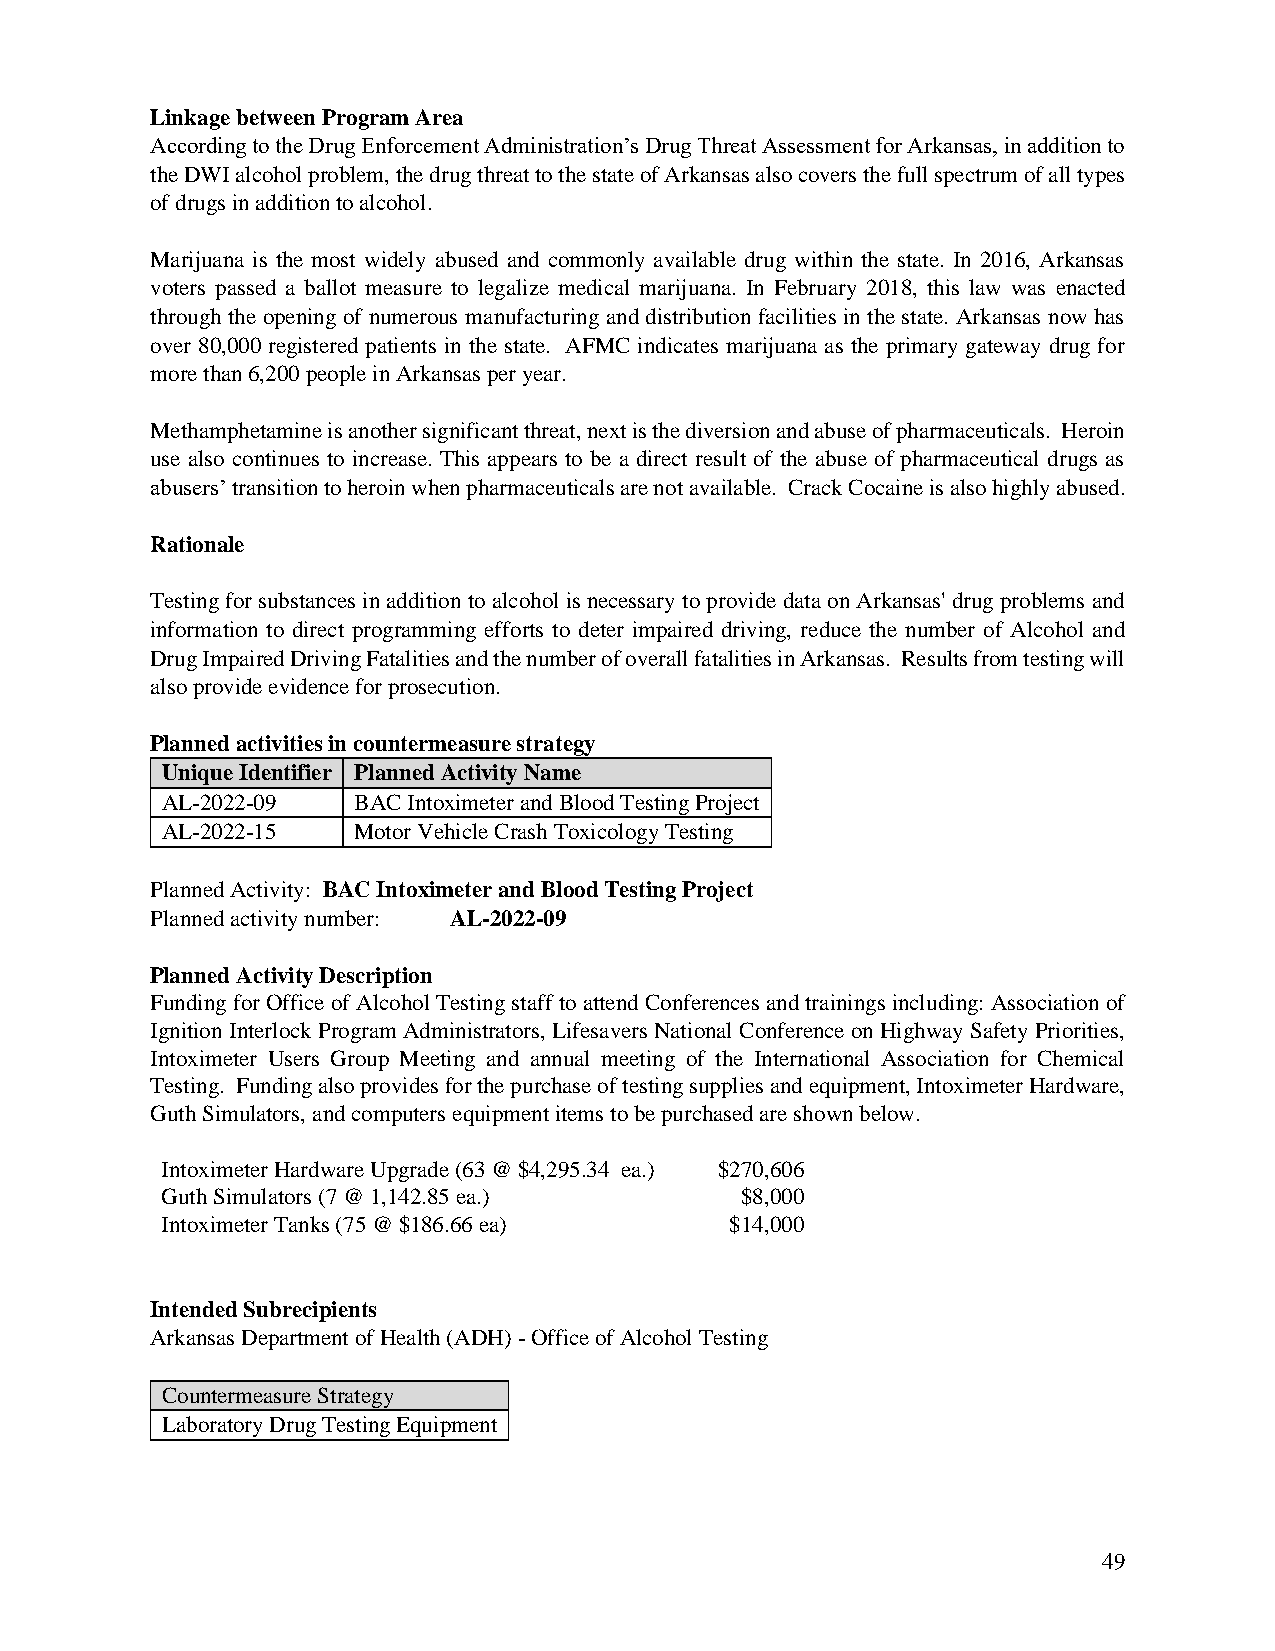
Linkage between Program Area
 According to the Drug Enforcement Administration’s Drug Threat Assessment for Arkansas, in addition to
 the DWI alcohol problem, the drug threat to the state of Arkansas also covers the full spectrum of all types
 of drugs in addition to alcohol.
 Marijuana is the most widely abused and commonly available drug within the state. In 2016, Arkansas
 voters passed a ballot measure to legalize medical marijuana. In February 2018, this law was enacted
 through the opening of numerous manufacturing and distribution facilities in the state. Arkansas now has
 over 80,000 registered patients in the state. AFMC indicates marijuana as the primary gateway drug for
 more than 6,200 people in Arkansas per year.
 Methamphetamine is another significant threat, next is the diversion and abuse of pharmaceuticals. Heroin
 use also continues to increase. This appears to be a direct result of the abuse of pharmaceutical drugs as
 abusers’ transition to heroin when pharmaceuticals are not available. Crack Cocaine is also highly abused.
 Rationale
 Testing for substances in addition to alcohol is necessary to provide data on Arkansas' drug problems and
 information to direct programming efforts to deter impaired driving, reduce the number of Alcohol and
 Drug Impaired Driving Fatalities and the number of overall fatalities in Arkansas. Results from testing will
 also provide evidence for prosecution.
 Planned activities in countermeasure strategy
 Unique Identifier Planned Activity Name
 AL-2022-09  BAC Intoximeter and Blood Testing Project
 AL-2022-15  Motor Vehicle Crash Toxicology Testing
 Planned Activity: BAC Intoximeter and Blood Testing Project
 Planned activity number: AL-2022-09
 Planned Activity Description
 Funding for Office of Alcohol Testing staff to attend Conferences and trainings including: Association of
 Ignition Interlock Program Administrators, Lifesavers National Conference on Highway Safety Priorities,
 Intoximeter Users Group Meeting and annual meeting of the International Association for Chemical
 Testing. Funding also provides for the purchase of testing supplies and equipment, Intoximeter Hardware,
 Guth Simulators, and computers equipment items to be purchased are shown below.
 Intoximeter Hardware Upgrade (63 @ $4,295.34 ea.) $270,606
 Guth Simulators (7 @ 1,142.85 ea.)    $8,000
 Intoximeter Tanks (75 @ $186.66 ea)  $14,000
 Intended Subrecipients
 Arkansas Department of Health (ADH) - Office of Alcohol Testing
 Countermeasure Strategy
 Laboratory Drug Testing Equipment
 49